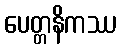
ပေတ္တနိကဿ